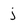
Character: j